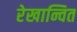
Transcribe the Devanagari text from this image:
रेखान्वित